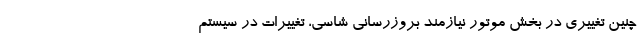
چنین تغییری در بخش موتور نیازمند بروزرسانی شاسی، تغییرات در سیستم